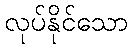
လုပ်နိုင်သော